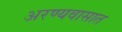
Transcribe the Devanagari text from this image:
अरण्यवासात